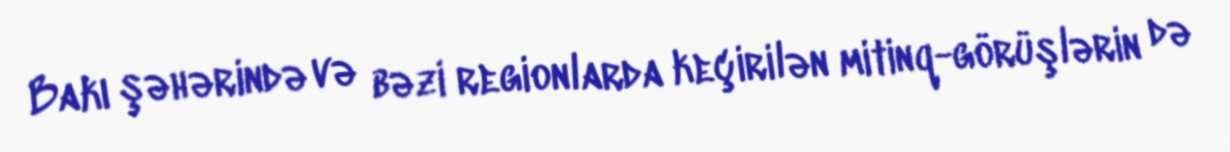
Bakı şəhərində və bəzi regionlarda keçirilən mitinq-görüşlərin də